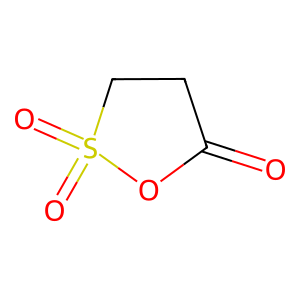
SMILES: O=C1CCS(=O)(=O)O1
Inhibits HIV replication: No